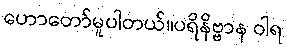
ဟောတော်မူပါတယ်။ပရိနိဗ္ဗာန ဝါရ